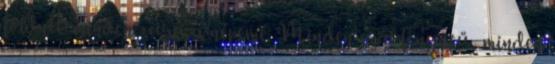
földnek minden zuga a népemé. Minden szál fenyőtű, minden